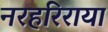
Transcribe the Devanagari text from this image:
नरहरिराया